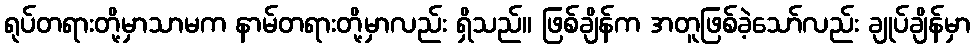
ရုပ်တရားတို့မှာသာမက နာမ်တရားတို့မှာလည်း ရှိသည်။ ဖြစ်ချိန်က အတူဖြစ်ခဲ့သော်လည်း ချုပ်ချိန်မှာ